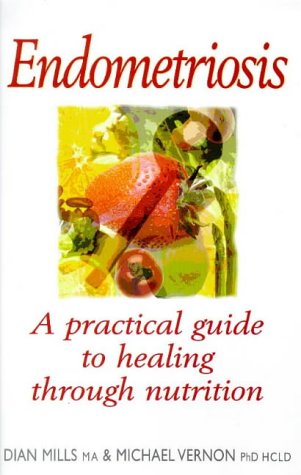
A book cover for Endometriosis: Healing Through Nutrition; Dian Mills; Health, Fitness & Dieting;